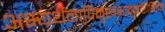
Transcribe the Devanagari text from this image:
अभ्यर्थनापिमुखभावमशिक्षितेन